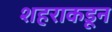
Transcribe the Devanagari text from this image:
शहराकडून